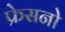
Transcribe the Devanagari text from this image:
फ्रेसनो